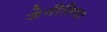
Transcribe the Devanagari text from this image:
जेनीलिया